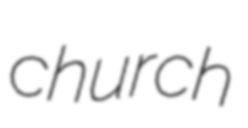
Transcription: church